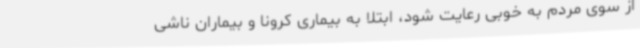
از سوی مردم به خوبی رعایت شود، ابتلا به بیماری کرونا و بیماران ناشی